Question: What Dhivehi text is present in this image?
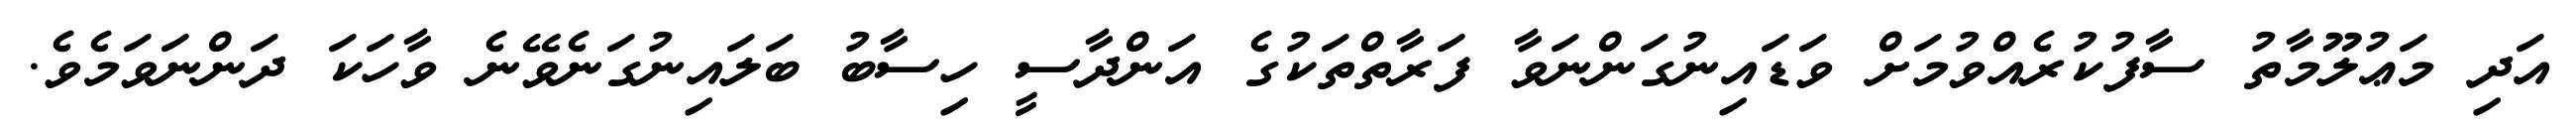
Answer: އަދި މަޢުލޫމާތު ސާފުކުރެއްވުމަށް ވަޑައިނުގަންނަވާ ފަރާތްތަކުގެ އަންދާސީ ހިސާބު ބަލައިނުގަނެވޭނެ ވާހަކަ ދަންނަވަމެވެ.